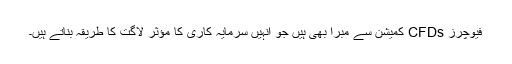
فیوچرز CFDs کمیشن سے مبرا بھی ہیں جو انہیں سرمایہ کاری کا مؤثر لاگت کا طریقہ بناتے ہیں۔